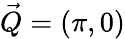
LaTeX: \vec{Q}=(\pi,0)